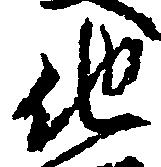
他